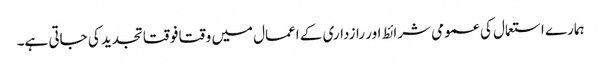
ہمارے استعمال کی عمومی شرائط اور رازداری کے اعمال میں وقتا فوقتا تجدید کی جاتی ہے۔